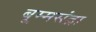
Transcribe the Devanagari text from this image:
बूम्मसंद्रा